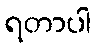
ရတာပါ